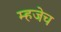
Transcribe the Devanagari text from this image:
म्हजेच